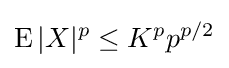
\operatorname {E} |X|^{p}\leq K^{p}p^{p/2}